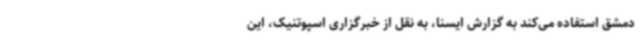
دمشق استفاده می‌کند به گزارش ایسنا، به نقل از خبرگزاری اسپوتنیک، این